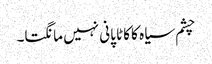
چشم سیاہ کا کاٹا پانی نہیں مانگتا۔